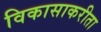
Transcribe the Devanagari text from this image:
विकासाकरीता